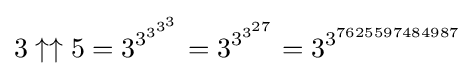
3\uparrow \uparrow 5=3^{3^{3^{3^{3}}}}=3^{3^{3^{27}}}=3^{3^{7625597484987}}